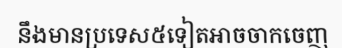
នឹងមានប្រទេស៥ទៀតអាចចាកចេញ